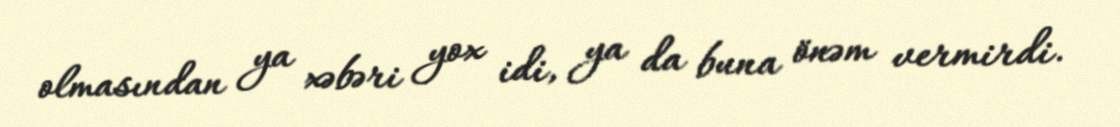
olmasından ya xəbəri yox idi, ya da buna önəm vermirdi.